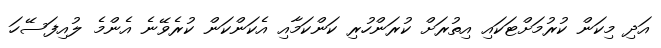
އަދި މިކަން ކުރުމަށްޓަކައި އިތުރަށް ކުރަންހުރި ކަންކަމާއި އެކަންކަން ކުރެވޭނެ އެންމެ ލުއިފަސޭހަ